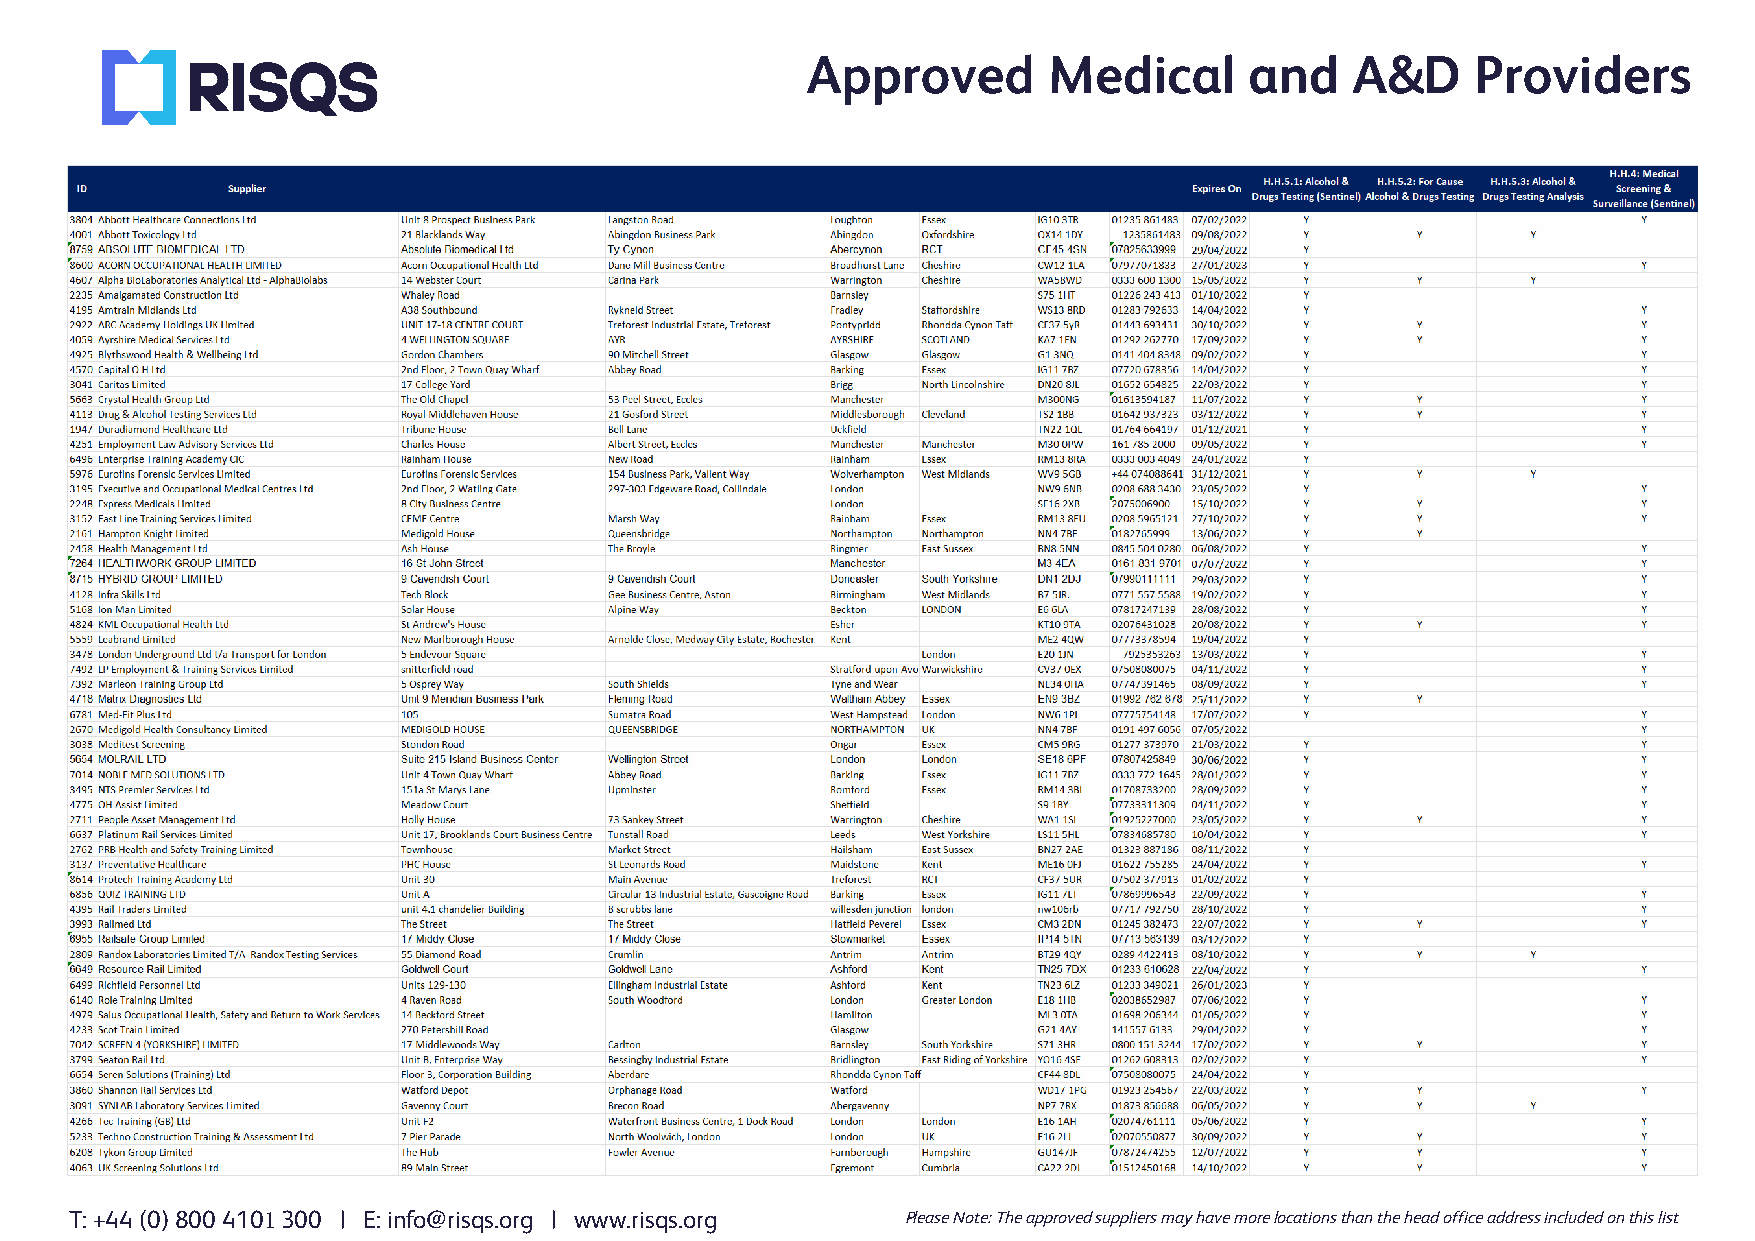
Approved        Medical      and    A&D     Providers
 T: +44 (0) 800 4101 300 | E: info@risqs.org | www.risqs.org Please Note: The approved suppliers may have more locations than the head office address included on this list